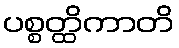
ပစ္စတ္ထိကာတိ